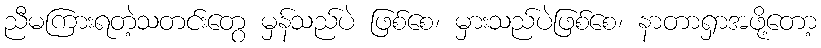
ညီမကြားရတဲ့သတင်းတွေ မှန်သည်ပဲ ဖြစ်စေ၊ မှားသည်ပဲဖြစ်စေ၊ နာတာရှာအဖို့တော့